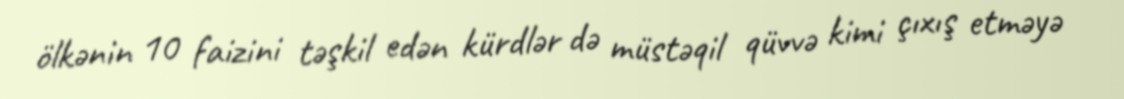
ölkənin 10 faizini təşkil edən kürdlər də müstəqil qüvvə kimi çıxış etməyə